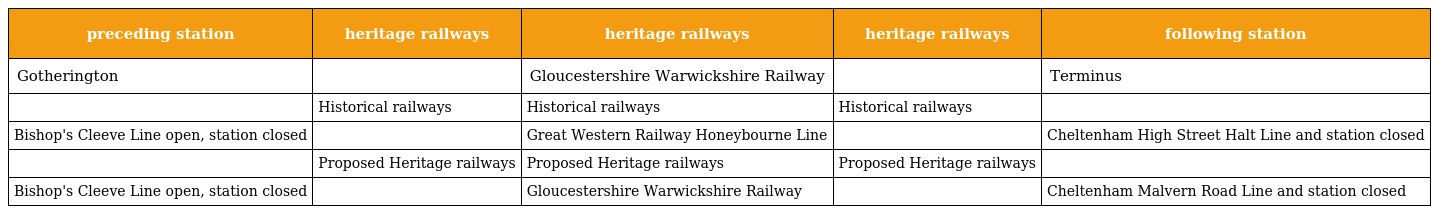
| preceding station | heritage railways | heritage railways | heritage railways | following station |
 | --- | --- | --- | --- | --- |
 | Gotherington |  | Gloucestershire Warwickshire Railway |  | Terminus |
 |  | Historical railways | Historical railways | Historical railways |  |
 | Bishop's Cleeve Line open, station closed |  | Great Western Railway Honeybourne Line |  | Cheltenham High Street Halt Line and station closed |
 |  | Proposed Heritage railways | Proposed Heritage railways | Proposed Heritage railways |  |
 | Bishop's Cleeve Line open, station closed |  | Gloucestershire Warwickshire Railway |  | Cheltenham Malvern Road Line and station closed |